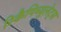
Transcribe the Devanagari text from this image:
रिकैपिच्युलेट्स